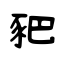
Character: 豝